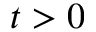
t > 0